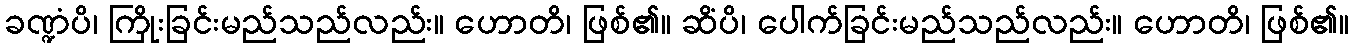
ခဏ္ဍံပိ၊ ကြိုးခြင်းမည်သည်လည်း။ ဟောတိ၊ ဖြစ်၏။ ဆိံပိ၊ ပေါက်ခြင်းမည်သည်လည်း။ ဟောတိ၊ ဖြစ်၏။